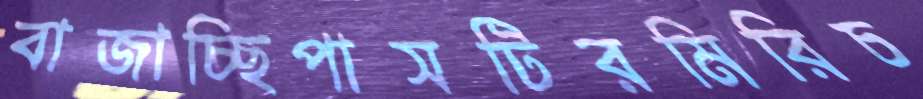
বাজাচ্ছিপাসটিরমিরিচ